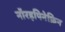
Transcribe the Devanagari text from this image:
नॉरइपिनेफ्रिन